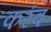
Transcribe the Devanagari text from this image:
करंब